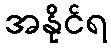
အနိုင်ရ